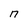
Character: n